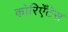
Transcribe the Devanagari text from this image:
कोरिएँटेस